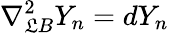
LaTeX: \nabla_{\mathfrak{L}B}^{2}Y_{n}=dY_{n}